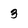
Character: 3